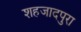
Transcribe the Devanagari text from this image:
शहजादपुरा